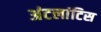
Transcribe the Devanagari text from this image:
अंटलांटिस